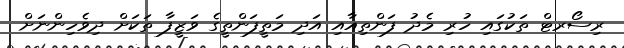
ރިސޯރޓް ތަކުގައި ހުރި މެދު ފަންތިއާއި އަދި މަތީފަންތީގެ ވަޒީފާ ތަކަށް ދިވެހިންނަށް